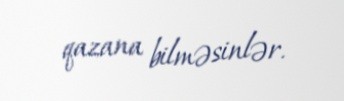
qazana bilməsinlər.